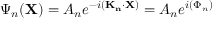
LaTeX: \Psi _ { n } ( \mathbf { X } ) = A _ { n } e ^ { - i ( \mathbf { K _ { n } } \cdot \mathbf { X } ) } = A _ { n } e ^ { i ( \Phi _ { n } ) }